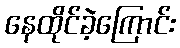
နေထိုင်ခဲ့ကြောင်း